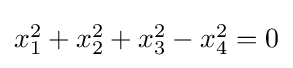
{\textstyle x_{1}^{2}+x_{2}^{2}+x_{3}^{2}-x_{4}^{2}=0}